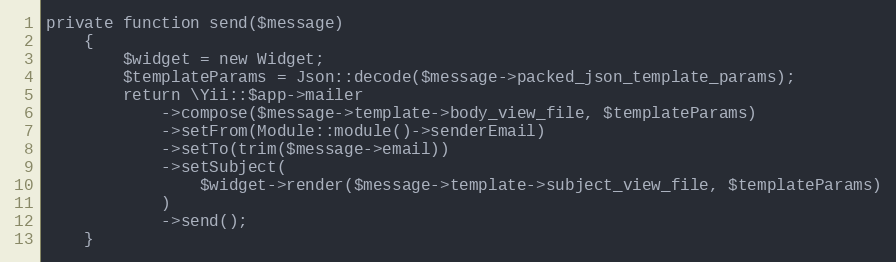
Language: PHP
private function send($message)
    {
        $widget = new Widget;
        $templateParams = Json::decode($message->packed_json_template_params);
        return \Yii::$app->mailer
            ->compose($message->template->body_view_file, $templateParams)
            ->setFrom(Module::module()->senderEmail)
            ->setTo(trim($message->email))
            ->setSubject(
                $widget->render($message->template->subject_view_file, $templateParams)
            )
            ->send();
    }